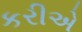
કરીએ